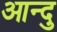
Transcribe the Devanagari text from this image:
आन्दु